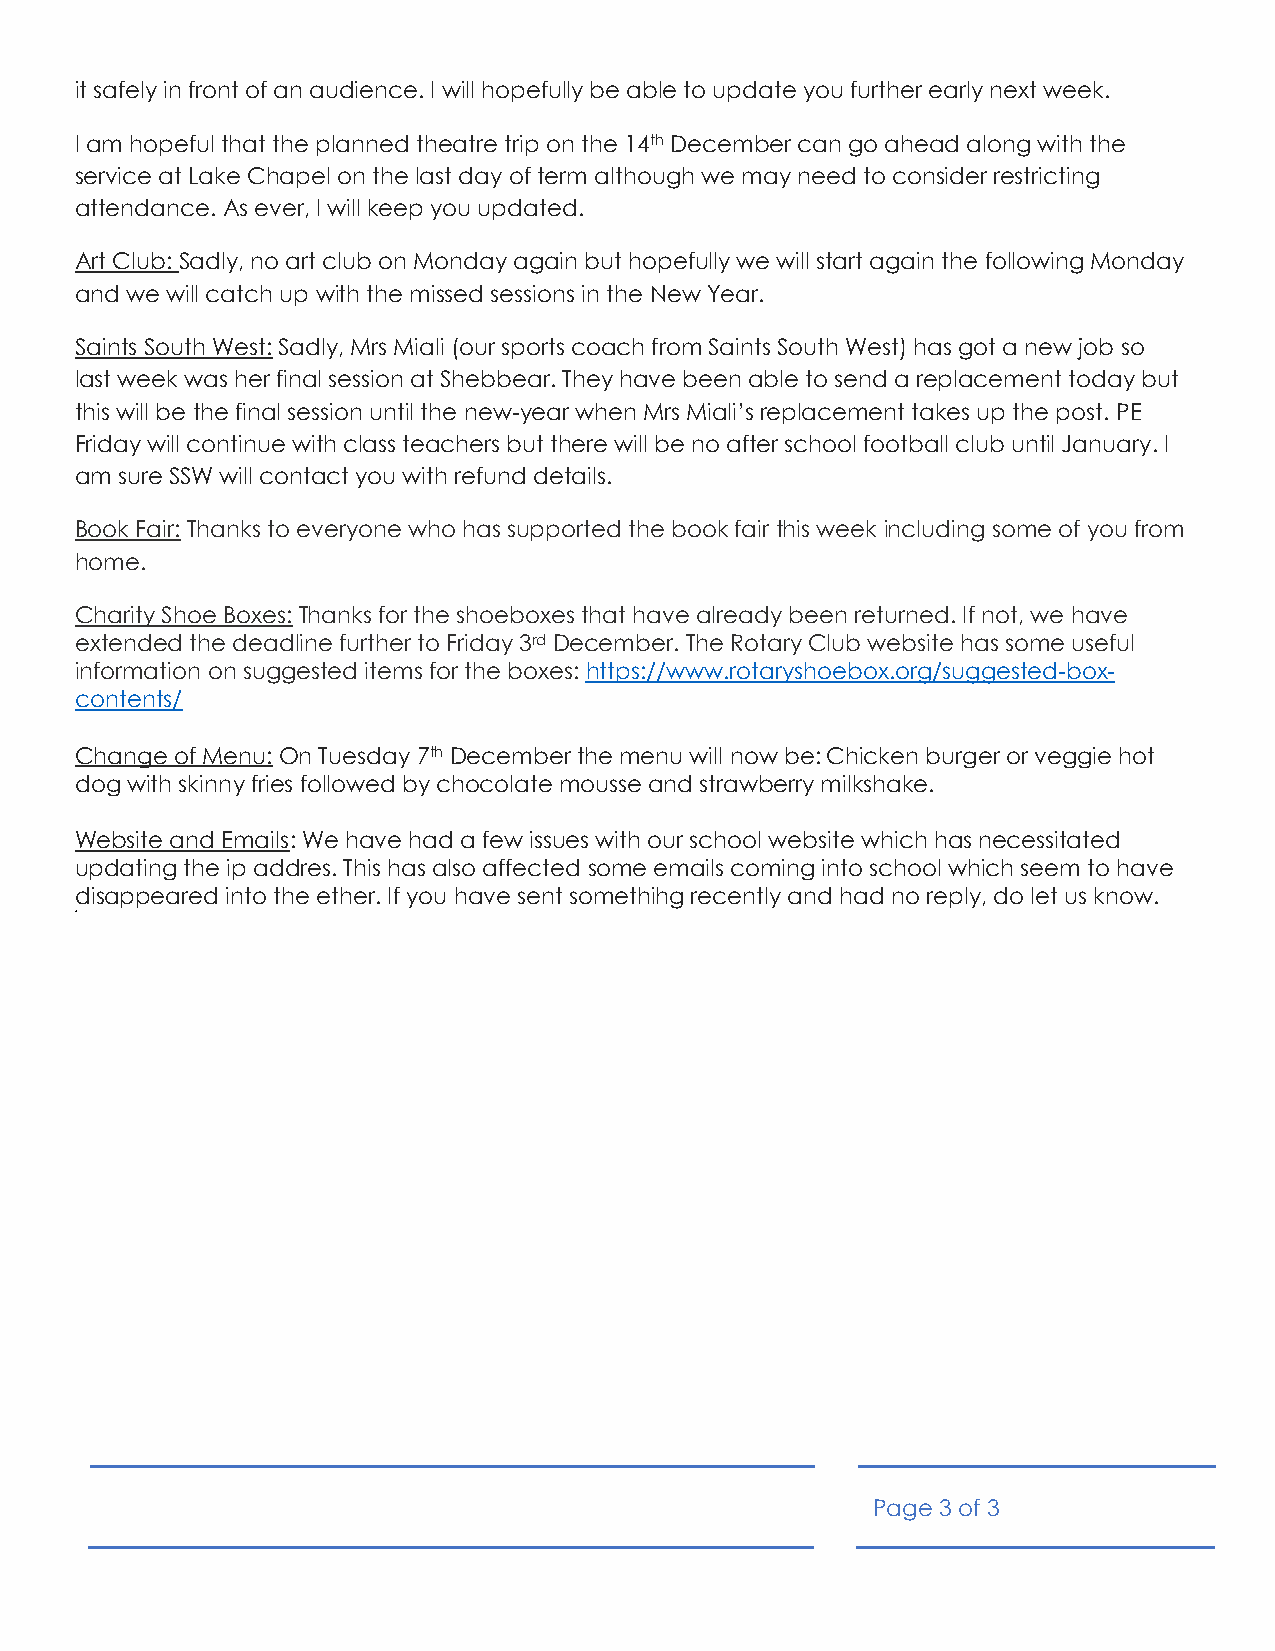
it safely in front of an audience. I will hopefully be able to update you further early next week.
 I am hopeful that the planned theatre trip on the 14th December can go ahead along with the
 service at Lake Chapel on the last day of term although we may need to consider restricting
 attendance. As ever, I will keep you updated.
 Art Club: Sadly, no art club on Monday again but hopefully we will start again the following Monday
 and we will catch up with the missed sessions in the New Year.
 Saints South West: Sadly, Mrs Miali (our sports coach from Saints South West) has got a new job so
 last week was her final session at Shebbear. They have been able to send a replacement today but
 this will be the final session until the new-year when Mrs Miali’s replacement takes up the post. PE
 Friday will continue with class teachers but there will be no after school football club until January. I
 am sure SSW will contact you with refund details.
 Book Fair: Thanks to everyone who has supported the book fair this week including some of you from
 home.
 Charity Shoe Boxes: Thanks for the shoeboxes that have already been returned. If not, we have
 extended the deadline further to Friday 3rd December. The Rotary Club website has some useful
 information on suggested items for the boxes: https://www.rotaryshoebox.org/suggested-box-
 contents/
 Change of Menu: On Tuesday 7th December the menu will now be: Chicken burger or veggie hot
 dog with skinny fries followed by chocolate mousse and strawberry milkshake.
 Website and Emails: We have had a few issues with our school website which has necessitated
 updating the ip addres. This has also affected some emails coming into school which seem to have
 d isappeared into the ether. If you have sent somethihg recently and had no reply, do let us know.
 Gov
 Page 3 of 3